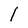
Character: I